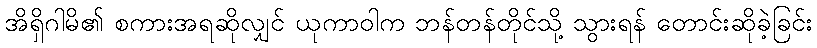
အိရှိဂါမိ၏ စကားအရဆိုလျှင် ယုကာဝါက ဘန်တန်တိုင်သို့ သွားရန် တောင်းဆိုခဲ့ခြင်း